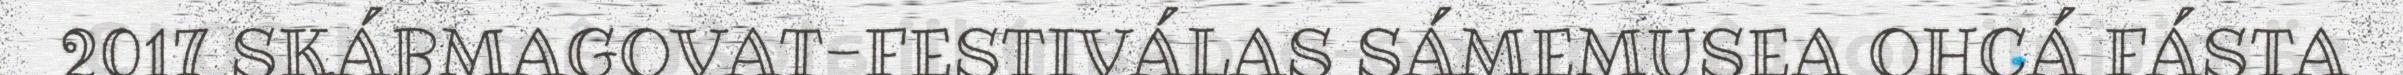
2017 SKÁBMAGOVAT-FESTIVÁLAS SÁMEMUSEA OHCÁ FÁSTA